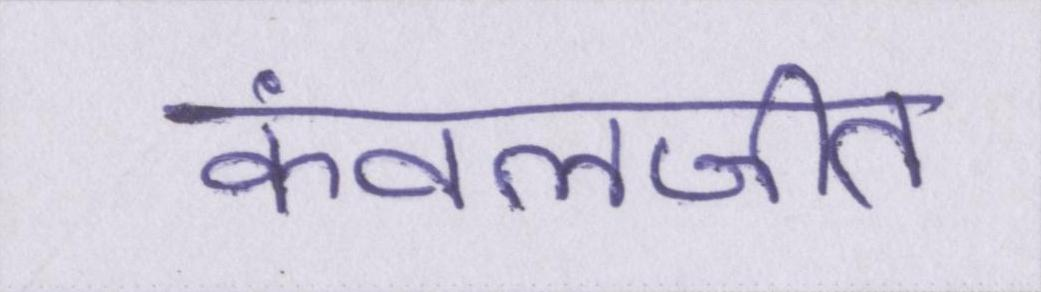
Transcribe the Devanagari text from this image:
कंवलजीत